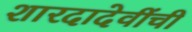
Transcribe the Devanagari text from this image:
शारदादेवींची